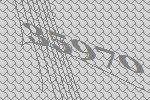
35970